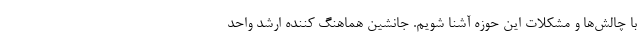
با چالش‌ها و مشکلات این حوزه آشنا شویم. جانشین هماهنگ کننده ارشد واحد